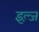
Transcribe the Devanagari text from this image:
इल्ज़